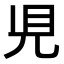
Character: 𧠇